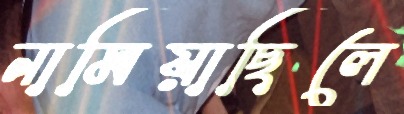
নামিয়াছিলে